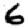
Digit: 6